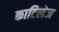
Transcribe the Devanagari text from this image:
काटिलेज